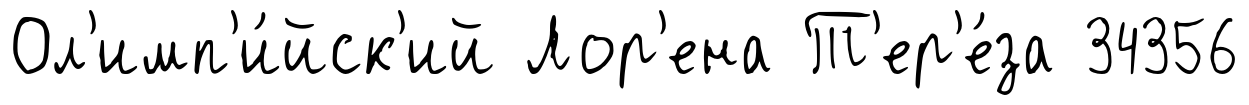
Ол'имп'и́йск'ий Лор'ена Т'ер'е́за 34356